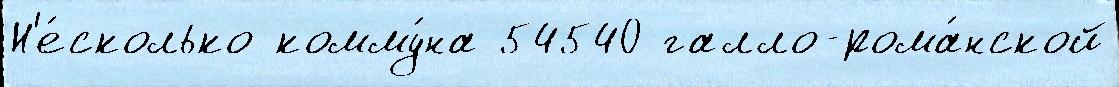
Н'е́сколько комму́на 54540 галло-рома́нской